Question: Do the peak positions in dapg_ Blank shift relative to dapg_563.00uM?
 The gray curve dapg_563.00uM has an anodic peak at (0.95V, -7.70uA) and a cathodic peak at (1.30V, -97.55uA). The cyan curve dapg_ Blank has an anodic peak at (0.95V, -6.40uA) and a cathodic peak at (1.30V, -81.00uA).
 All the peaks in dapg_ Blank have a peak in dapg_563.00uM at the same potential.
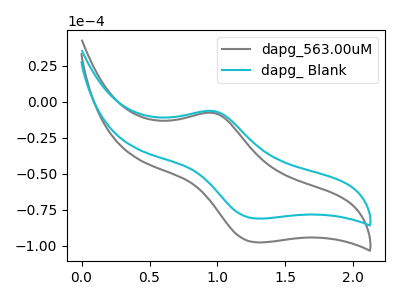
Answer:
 <answer>No, "dapg_ Blank" and "dapg_563.00uM" don't appear to be significantly different in shape</answer>
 <eval>no_change</eval>